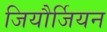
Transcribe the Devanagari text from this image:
जियौर्जियन